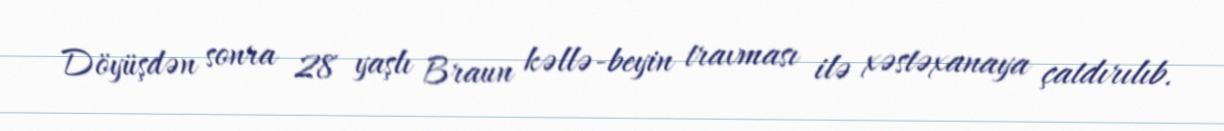
Döyüşdən sonra 28 yaşlı Braun kəllə-beyin travması ilə xəstəxanaya çatdırılıb.